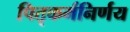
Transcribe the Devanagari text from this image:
पितृकर्मनिर्णय